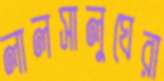
লালসালুঘেরা